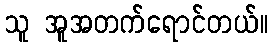
သူ အူအတက်ရောင်တယ်။